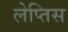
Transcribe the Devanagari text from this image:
लेप्तिस